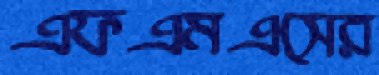
এফএমএসের